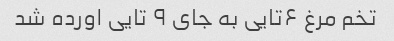
تخم مرغ ۶تایی به جای ۹ تایی اورده شد